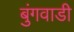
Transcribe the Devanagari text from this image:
बुंगवाडी